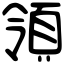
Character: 領